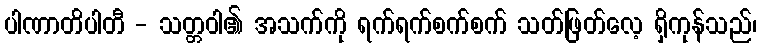
ပါဏာတိပါတီ - သတ္တဝါ၏ အသက်ကို ရက်ရက်စက်စက် သတ်ဖြတ်လေ့ ရှိကုန်သည်၊